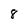
Character: 8